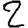
Digit: 2